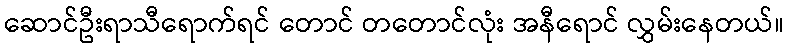
ဆောင်ဦးရာသီရောက်ရင် တောင် တတောင်လုံး အနီရောင် လွှမ်းနေတယ်။